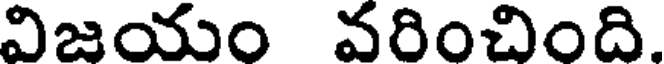
విజయం వరించింది.